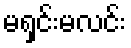
မရှင်းမလင်း